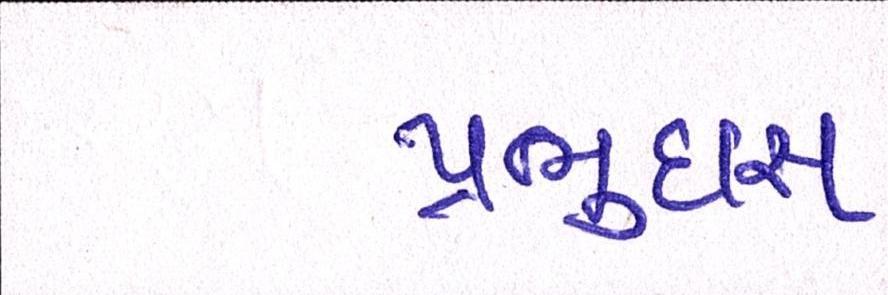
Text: પ્રભુદાસ